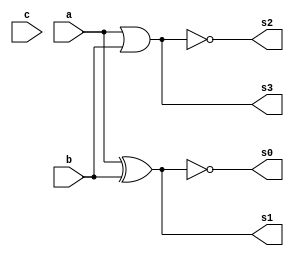
// ------------------------- 
// Exemplo0033 -  XNOR/XOR NOR/OR gate (selecionavel)
// Nome: Guilherme Rodrigues Melo de Oliveira 
// ------------------------- 
// ------------------------- 
// XNOR/XOR NOR/OR gate (selecionavel)
// ------------------------- 
module f4 (output [3:0] s0,
output [3:0] s1,
output [3:0] s2,
output [3:0] s3,
input [3:0] a, 
input [3:0] b,
input [0:0] c); 
// descrever por portas 
assign s0 = ~(a ^ b);
assign s1 = (a ^ b) ;
assign s2 = ~(a | b);
assign s3 = (a | b);
endmodule // f4 
module test_f4; 
// ------------------------- definir dados 
reg [3:0] x; 
reg [3:0] y;
reg [0:0] q; 
wire [3:0] z;
wire [3:0] w;
wire [3:0] t;
wire [3:0] p;

f4 modulo (z,w,t,p,x,y,q); 
// ------------------------- parte principal 
initial begin 
$display("Exemplo0031 - Guilherme Rodrigues Melo de Oliveira - 427409 ");  
$display("Test LU's module"); 
x = 4'b1101; y = 4'b1010; 
// projetar testes do modulo 
#1 $display("%3b %3b %3b %3b %3b %3b",x,y,z,w,t,p); 
end 
endmodule // test_f4